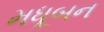
મધૂબન